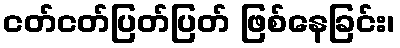
ငတ်ငတ်ပြတ်ပြတ် ဖြစ်နေခြင်း၊